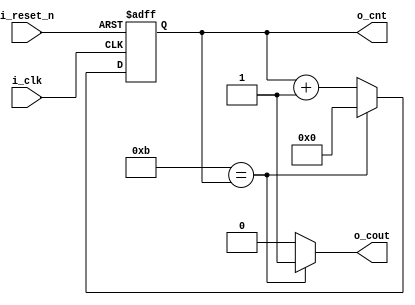
//*******************************FILE HEAD**************************************
//*********************Verilog HDL *********************
// FUNCTION        : 
//                   
// AUTHOR          : 
// DATE & REVISION : 
// COMPANY         : Verilog HDL 
// UPDATE          :
//******************************************************************************
`timescale 1ns/1ns

module p_counter
    #(
        parameter PERIOD = 12,//
        parameter CNT_WIDTH = 4 //   
    )
    (
        input i_reset_n, //
        input i_clk, //
        
        
        output  o_cout, //
        output [CNT_WIDTH-1 : 0]  o_cnt //
    );
    
    //o_data
    reg [CNT_WIDTH-1 : 0] r_cnt;
    
    assign o_cout = ((PERIOD - 1) == r_cnt)? 1'b1 : 1'b0; //
    assign o_cnt = r_cnt;
    
    //JKJK
    always @(posedge i_clk, negedge i_reset_n) 
    begin
        if(1'b0 == i_reset_n)
            r_cnt <= 0;
        else
            if((PERIOD - 1) == r_cnt)
                r_cnt <= 0;
            else
                r_cnt <= r_cnt + 1;
	end
    
endmodule
// END OF p_counter.v FILE ***************************************************